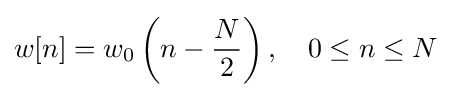
w[n]=w_{0}\left(n-{\frac {N}{2}}\right),\quad 0\leq n\leq N